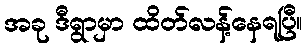
အခု ဒီရွာမှာ ထိတ်လန့်နေရပြီ။